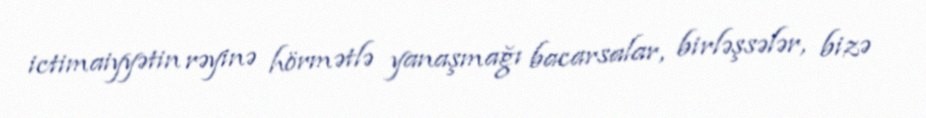
ictimaiyyətin rəyinə hörmətlə yanaşmağı bacarsalar, birləşsələr, bizə